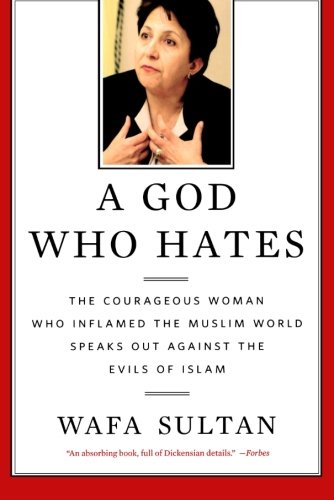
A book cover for A God Who Hates: The Courageous Woman Who Inflamed the Muslim World Speaks Out Against the Evils of Islam; Wafa Sultan; Religion & Spirituality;